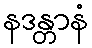
နဒန္တာနံ